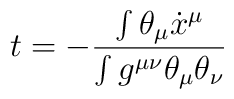
t=-\frac{\int\theta_{\mu}\dot{x}^{\mu}}{\int g^{\mu\nu}\theta_{\mu}\theta_{\nu}}